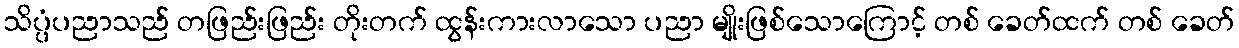
သိပ္ပံပညာသည် တဖြည်းဖြည်း တိုးတက် ထွန်းကားလာသော ပညာ မျိုးဖြစ်သောကြောင့် တစ် ခေတ်ထက် တစ် ခေတ်